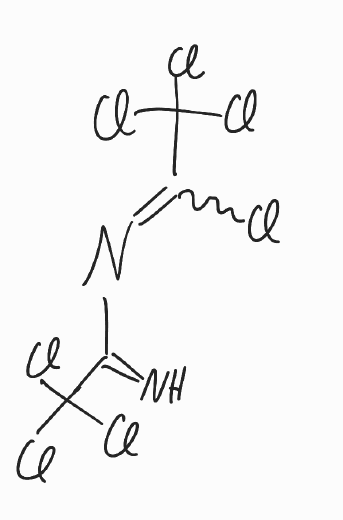
Simplified molecular-input line-entry system (SMILES) notation of the given molecule:
C(=N)(C(Cl)(Cl)Cl)N=C(C(Cl)(Cl)Cl)Cl